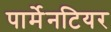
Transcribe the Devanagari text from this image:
पार्मेनटियर